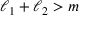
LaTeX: \ell _ { 1 } + \ell _ { 2 } > m